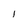
Character: 1